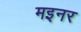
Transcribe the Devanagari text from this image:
मइनर